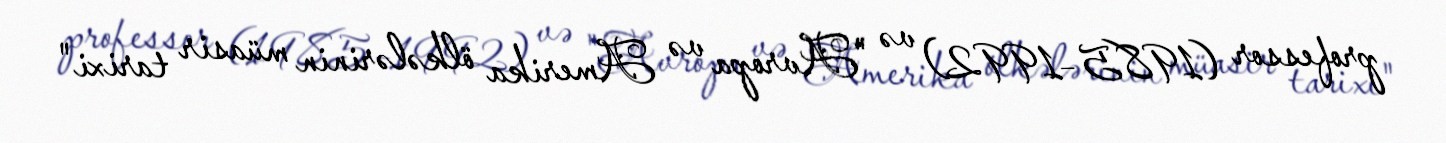
professor (1985–1992) və "Avropa və Amerika ölkələrinin müasir tarixi"